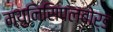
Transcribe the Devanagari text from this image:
म्युनिसिपलबोर्ड